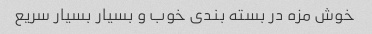
خوش مزه در بسته بندی خوب و بسیار بسیار سریع